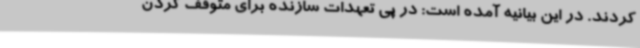
کردند. در این بیانیه آمده است:‌ در پی تعهدات سازنده برای متوقف کردن